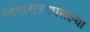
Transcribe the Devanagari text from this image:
भिमाशंक्रापसल्या